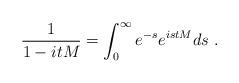
LaTeX: \begin{align*}\frac{1}{1-itM}=\int_{0}^{\infty}e^{-s}e^{istM}ds\ .\end{align*}